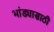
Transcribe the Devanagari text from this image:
भांड्यासाठी